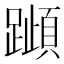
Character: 𰸰